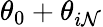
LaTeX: \theta_{0}+\theta_{i\mathcal{N}}